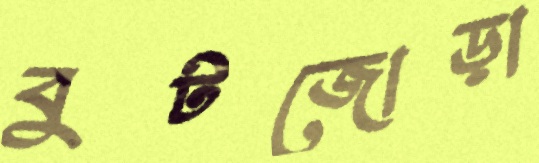
বুটজোড়া